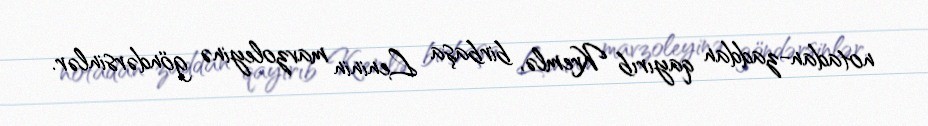
notadan-zaddan qayırıb Kremlə, birbaşa Leninin mavzoleyinə göndərsinlər.